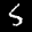
Label: 5